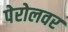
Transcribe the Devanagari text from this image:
पेरोलवर